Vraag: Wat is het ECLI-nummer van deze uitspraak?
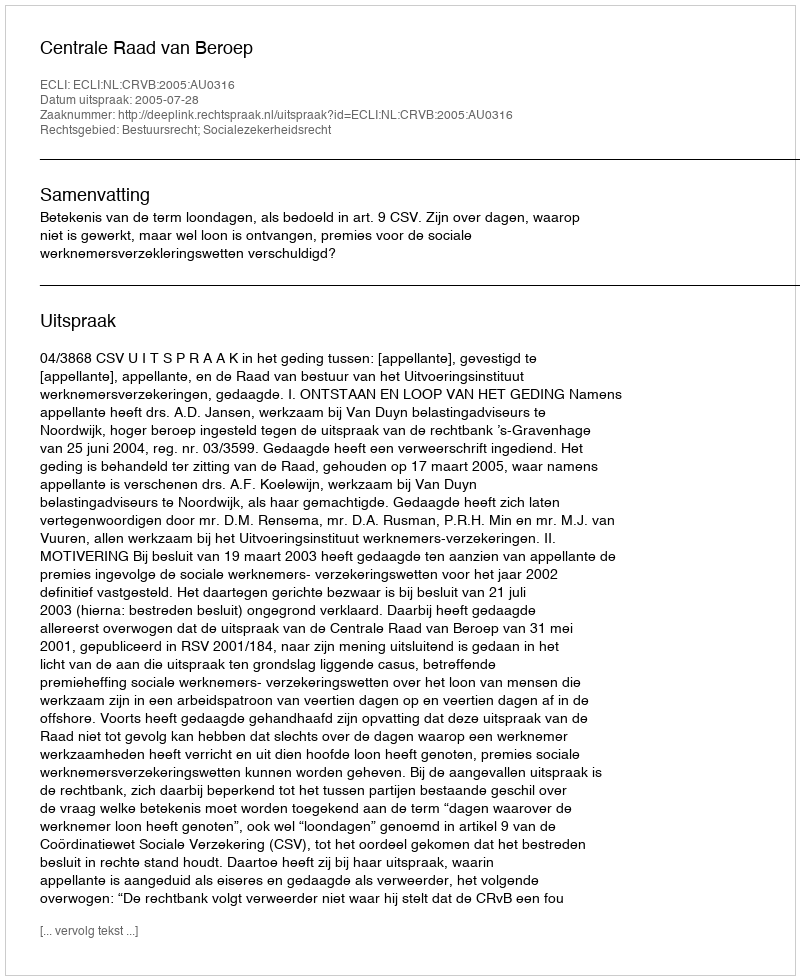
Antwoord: ECLI:NL:CRVB:2005:AU0316